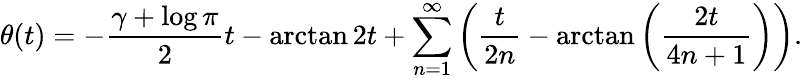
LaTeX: \theta(t)=-{\frac{\gamma+\log\pi}{2}}t-\arctan 2t+\sum_{n=1}^{\infty}\left({\frac{t}{2n}}-\arctan\left({\frac{2t}{4n+1}}\right)\right).